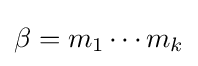
\beta =m_{1}\cdots m_{k}